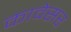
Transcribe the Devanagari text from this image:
कावेसर